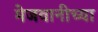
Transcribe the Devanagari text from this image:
मेजवानीच्या